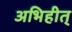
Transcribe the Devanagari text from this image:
अभिहीत्